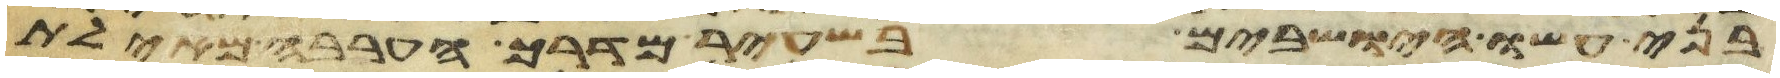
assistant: בני עשו הישבים בשעיר מדרך הערבה מאילת